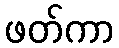
ဖတ်ကာ